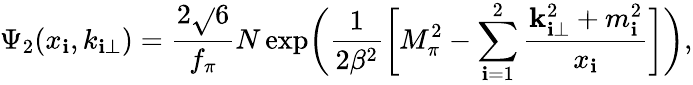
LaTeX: \Psi_{2}(x_{\mathbf{i}},k_{\mathbf{i}\perp})={\frac{{2\sqrt{}{{6}}}}{{f_{\pi}}}}N\exp\biggl(\frac{{1}}{{2\beta^{2}}}\biggl[M_{\pi}^{2}-\sum_{\mathbf{i}=1}^{2}\frac{{{\mathbf{k}}_{\mathbf{i}\perp}^{2}+m_{\mathbf{i}}^{2}}}{{x_{\mathbf{i}}}}\biggr]\biggr),